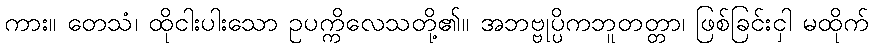
ကား။ တေသံ၊ ထိုငါးပါးသော ဥပက္ကိလေသတို့၏။ အဘဗ္ဗုပ္ပိကဘူတတ္တာ၊ ဖြစ်ခြင်းငှါ မထိုက်